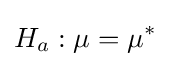
H_{a}:\mu =\mu ^{*}